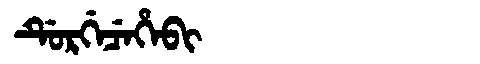
Manchu: ᡩᡠᡵᡤᡝᠴᡝᡥᡝᠪᡳ
Romanization: DURGECEHEBI